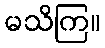
မသိကြ။